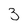
Character: 3